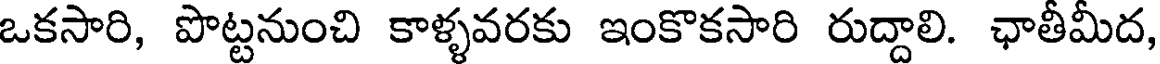
ఒకసారి, పొట్టనుంచి కాళ్ళవరకు ఇంకొకసారి రుద్దాలి. ఛాతీమీద